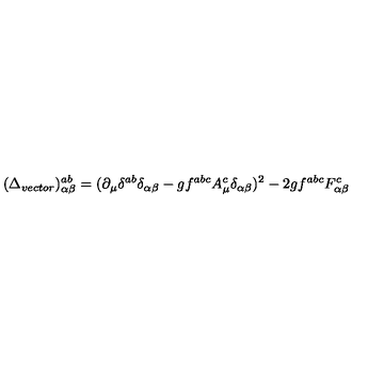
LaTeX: ( \Delta _ { v e c t o r } ) _ { \alpha \beta } ^ { a b } = ( \partial _ { \mu } \delta ^ { a b } \delta _ { \alpha \beta } - g f ^ { a b c } A _ { \mu } ^ { c } \delta _ { \alpha \beta } ) ^ { 2 } - 2 g f ^ { a b c } F _ { \alpha \beta } ^ { c }